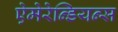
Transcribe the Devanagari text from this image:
ऐमेरेन्डियन्स